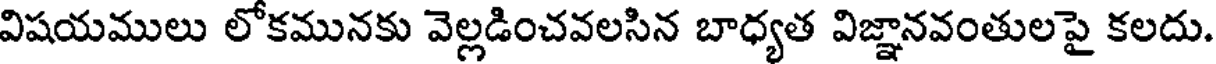
విషయములు లోకమునకు వెల్లడించవలసిన బాధ్యత విజ్ఞానవంతులపై కలదు.